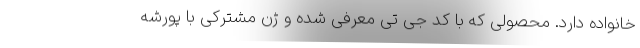
خانواده دارد. محصولی که با کد جی تی معرفی شده و ژن مشترکی با پورشه